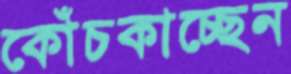
কোঁচকাচ্ছেন